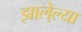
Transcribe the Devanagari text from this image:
झाले्ल्या